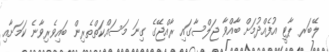
ލޭބަރ ޕާޓީ އުފެއްދުމަށް ބާއްވާ ޖަލްސާގައި ރާއްޖޭގެ ގިނަ މަސައްކަތްތެރިން ބައިވެރިވާނެ ކަމަށާއި